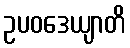
ဥပဝဒေယျာတိ